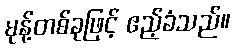
မုန့်တစ်ခုဖြင့် ဧည့်ခံသည်။